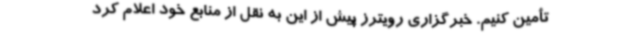
تأمین کنیم. خبرگزاری رویترز پیش از این به نقل از منابع خود اعلام کرد